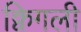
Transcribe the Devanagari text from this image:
क्विगली